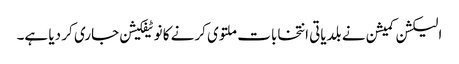
الیکشن کمیشن نے بلدیاتی انتخابات ملتوی کرنے کا نوٹیفکیشن جاری کر دیا ہے۔